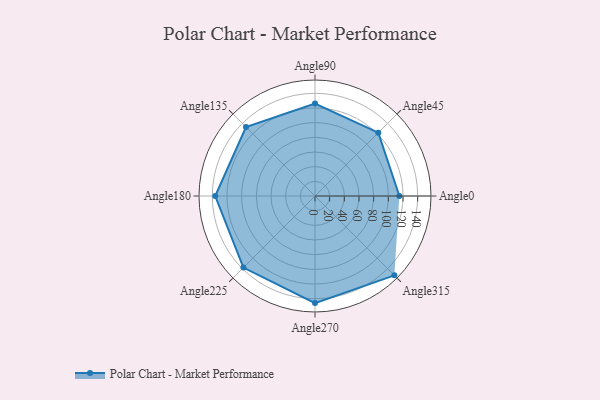
{"axis": {"x": "Angle", "y": "Radius"}, "legend": [""], "data": [{"x": "Angle0", "y": 115.0, "type": ""}, {"x": "Angle45", "y": 122.0, "type": ""}, {"x": "Angle90", "y": 126.0, "type": ""}, {"x": "Angle135", "y": 133.0, "type": ""}, {"x": "Angle180", "y": 136.0, "type": ""}, {"x": "Angle225", "y": 138.0, "type": ""}, {"x": "Angle270", "y": 146.0, "type": ""}, {"x": "Angle315", "y": 153.0, "type": ""}]}